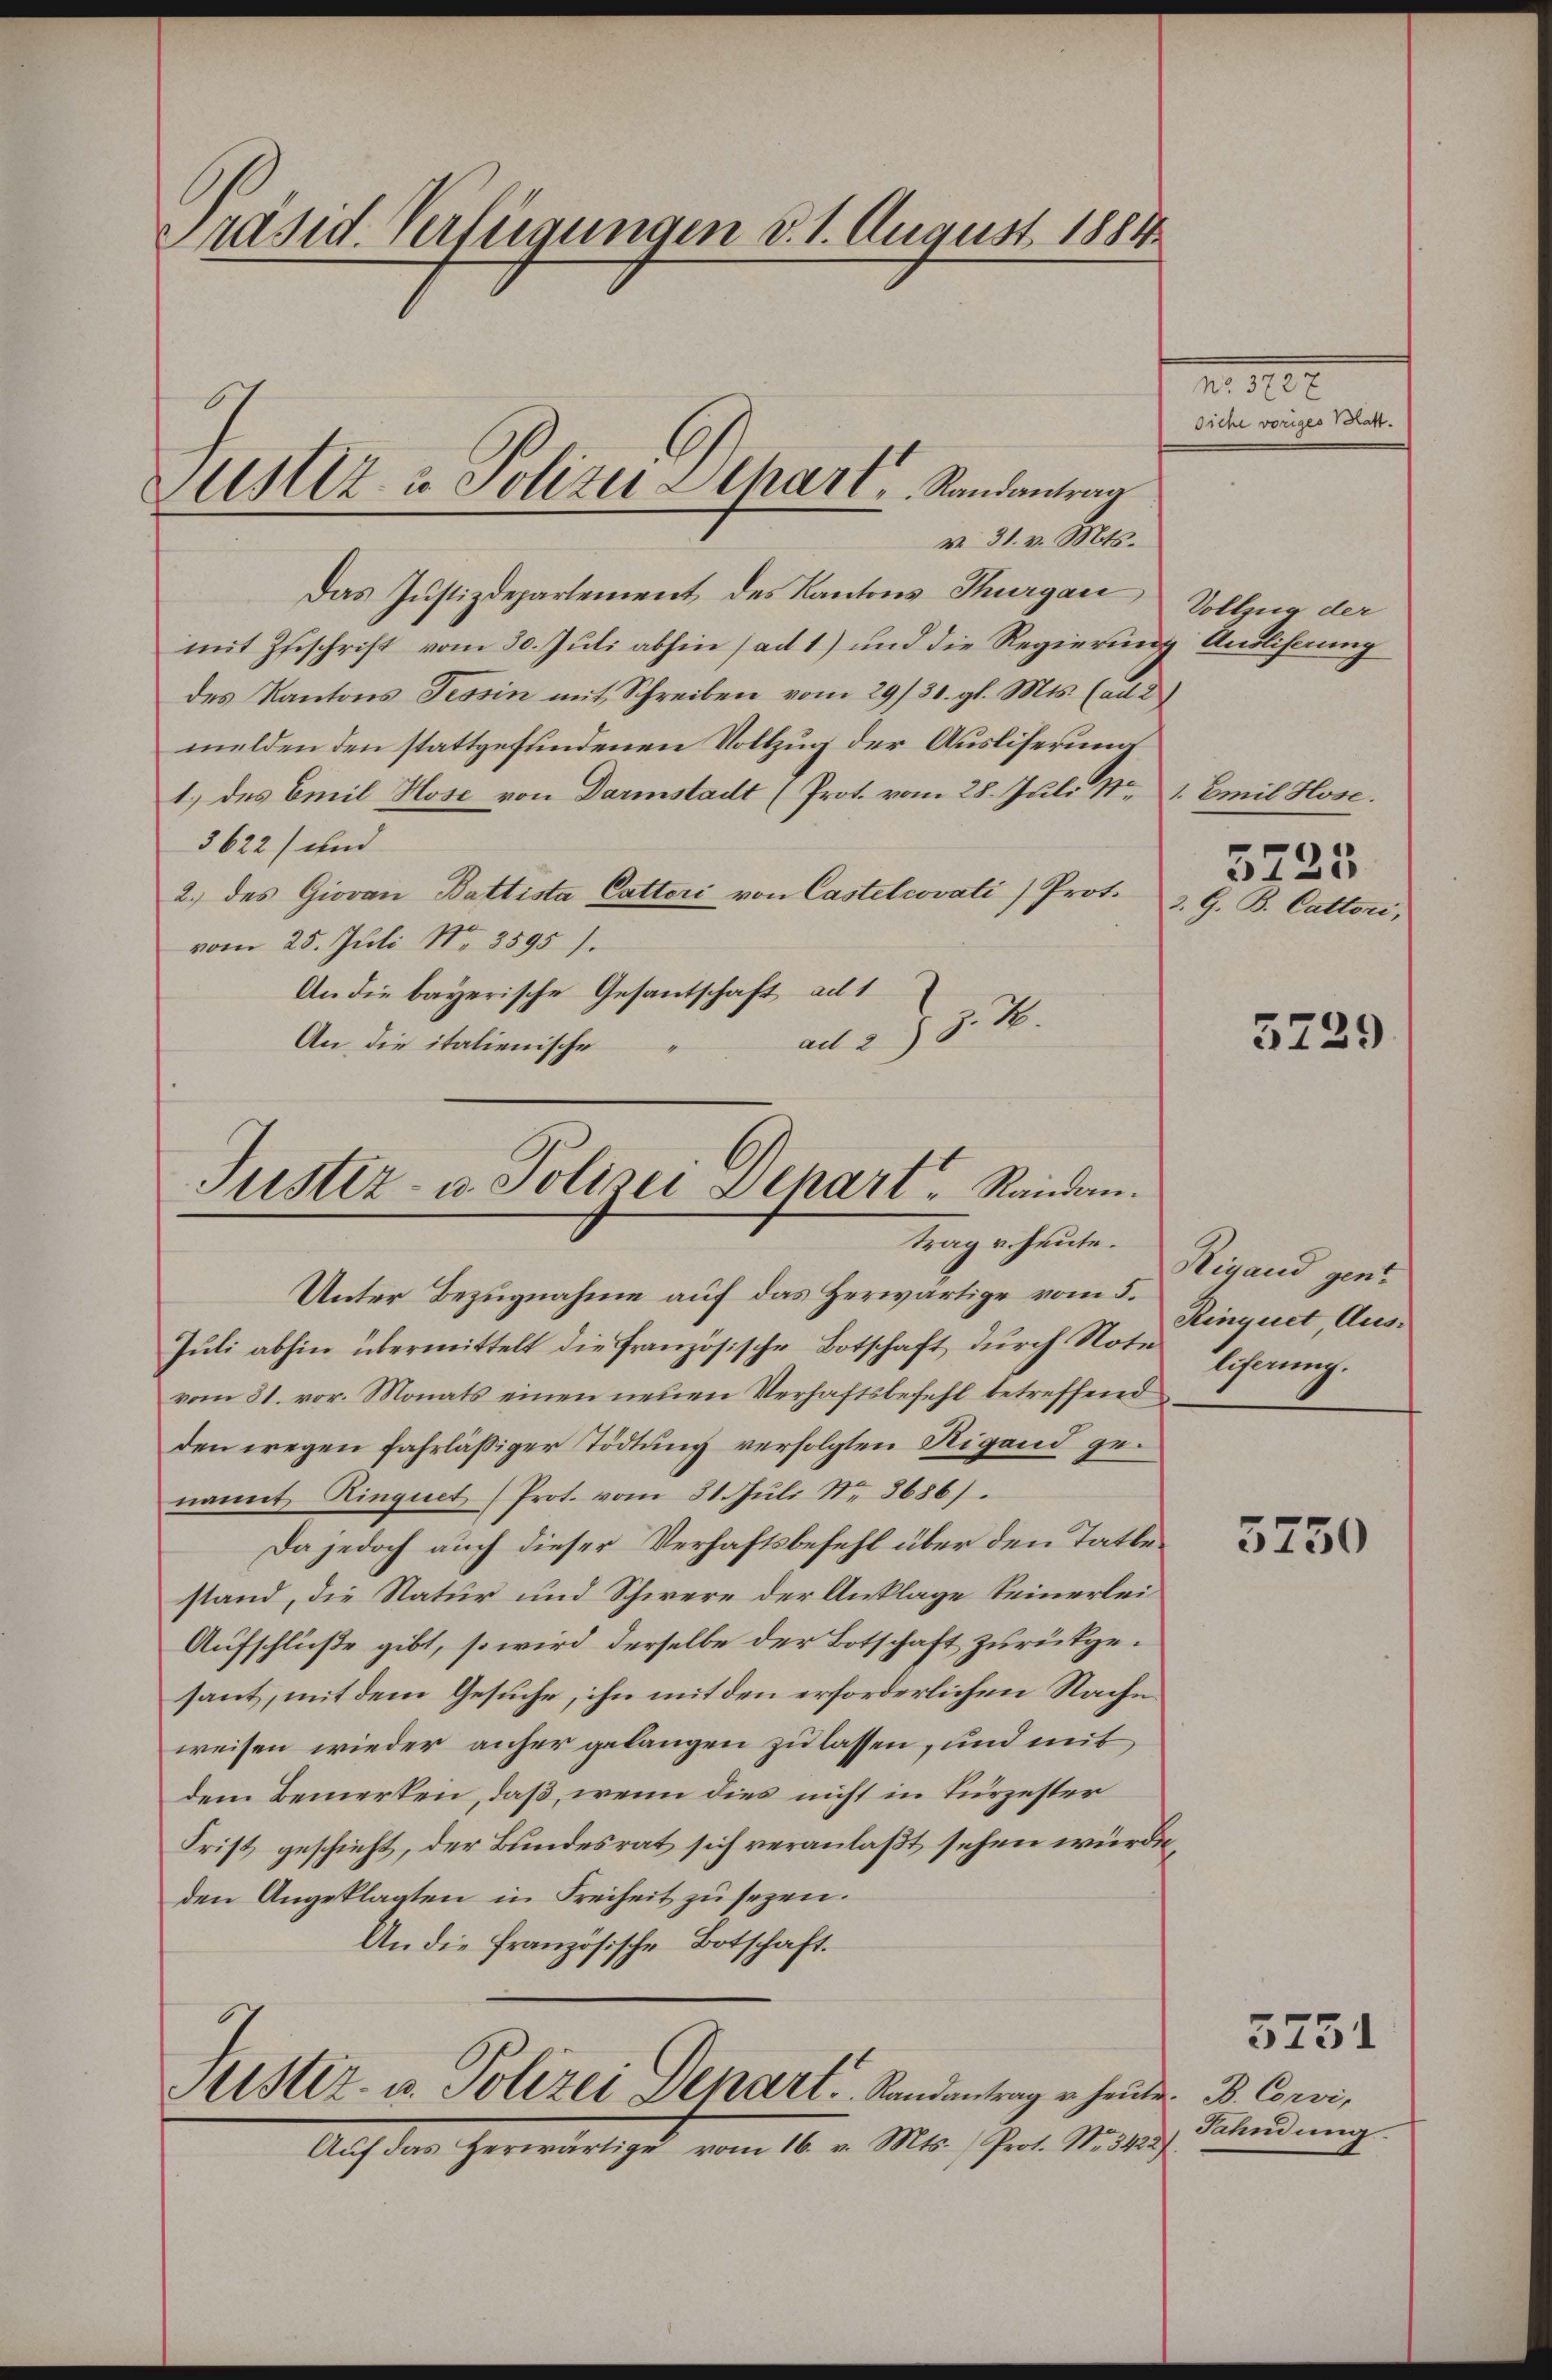
Präsid. Verfügungen d. 1. August 1884

Asz. u. Polizei Schart, Randantrag

v. 31. v. Mts.
Das Justizdepartement des Kantons Thurgau
mit Zuschrift vom 30. Juli abhin (ad 1) und die Regierung
des Kantons Tessin mit Schreiben vom 29/31. gl. Mts. (ad 2
melden den stattgefundenen Vollzug der Ausliserung
1.) des Emil Hose von Darmstadt (Prot. vom 28. Juli Nr 1. Emil Hose.
3622) und
2.) des Giovan Battista Cattori von Castelrovati) Prot.
vom 25. Juli Nr. 3595).
An die bayerische Gesantschaft ad 1
at. 357.
An die italienische

Justiz- u. Polizei Schart Randan
trag v. heute.

Unter Bezugnahme auf das Herwärtige vom 5.
Juli abhin übermittelt die französische Botschaft durch Note
vom 31. vor. Monats einen neuen Verhaftsbefehl betreffend
den wegen fahrlässiger Tödtung verfolgten Rigand genannt Ringnet (Prot. vom 31. Juli Nr. 8686).
Da jedoch auch dieser Verhaftsbefehl über den Tatbestand, die Natur und Schwere der Anklage keinerlei¬
Aufschlüße gibt, so wird derselbe der Botschaft zurückgesant, mit dem Gesuche, ihn mit den erforderlichen Nache
weisen wieder anher gelangen zu lassen, und mit
dem Bemerken, daß, wenn dies nicht in Kurzester
Frist geschieht, der Bundesrat sich veranlaßt sehen würde,
den Angeklagten in Freiheit zu sezen.
An die französische Botschaft.

Mistiz- u. Polizei Depart. Randantrag u. heute

Aŭf das herwärtige vom 16. v. Mts. (Prot. No. 3422)

m. 310.
Siche voriges Vorar.

Vollzug der
Anolierung

3. G. B. Cattori,

5729

5225

Rigand gene
Rinquet Auslicherung.

5750

3751

B. Corvi,
Fahndung